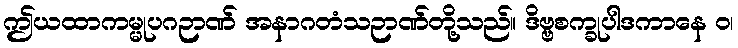
ဤယထာကမ္မုပဂဉာဏ် အနာဂတံသဉာဏ်တို့သည်။ ဒိဗ္ဗစက္ခုပါဒကာနေ ဝ၊